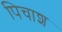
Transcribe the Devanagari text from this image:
पिचाश